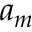
a _ { m }